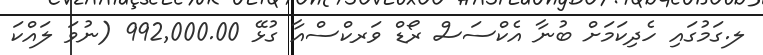
ލ.ގަމުގައި ހެދިކަމަށް ބުނާ އެކްސަސް ރޯޑް ވަރކްސްއާ ގުޅޭ 992